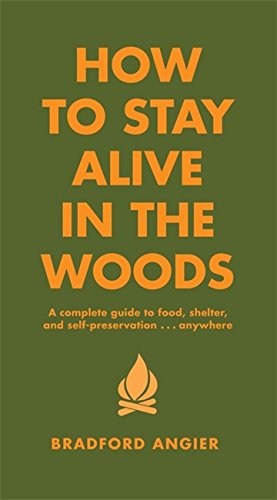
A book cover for How to Stay Alive in the Woods: A Complete Guide to Food, Shelter and Self-Preservation Anywhere; Bradford Angier; Sports & Outdoors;